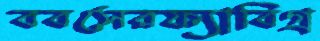
ববসেরফ্যাবিগ্র